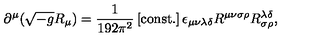
\partial ^ { \mu } ( \sqrt { - g } R _ { \mu } ) = \frac { 1 } { 1 9 2 \pi ^ { 2 } } \left[ \mathrm { c o n s t . } \right] \epsilon _ { \mu \nu \lambda \delta } R ^ { \mu \nu \sigma \rho } R _ { \sigma \rho } ^ { \lambda \delta } ,